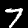
Digit: 7